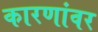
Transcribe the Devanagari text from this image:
कारणांवर